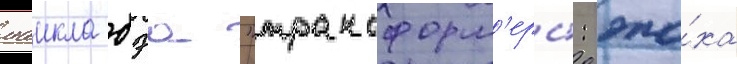
маикла бэа "трансформ'еры: эпо́ха